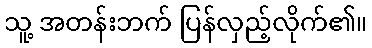
သူ့ အတန်းဘက် ပြန်လှည့်လိုက်၏။